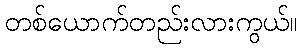
တစ်ယောက်တည်းလားကွယ်။